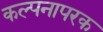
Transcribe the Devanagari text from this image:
कल्पनापरक